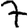
Digit: 7